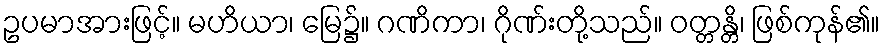
ဥပမာအားဖြင့်။ မဟိယာ၊ မြေ၌။ ဂဏိကာ၊ ဂိုဏ်းတို့သည်။ ဝတ္တန္တိ၊ ဖြစ်ကုန်၏။